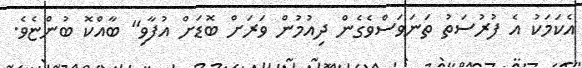
އެކަމަކު އެ ފުރުސަތު ތަނަވަސްވެގެން ދިއުމުން ވަރަށް ބޮޑަށް އުފާވި" ބާއްކޮ ބުންޏެވެ.